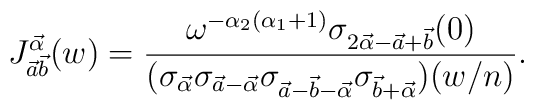
J_{\vec{a}\vec{b}}^{\vec{\alpha }}(w)=\frac{\omega ^{-\alpha _2 (\alpha _1+1)}\sigma_{2\vec{\alpha } -\vec{a}+\vec{b}}(0)}{(\sigma_{\vec{\alpha }}\sigma_{\vec{a}-\vec{\alpha }}\sigma_{\vec{a}-\vec{b}-\vec{\alpha }}\sigma_{\vec{b}+\vec{\alpha }})(w/n)}.